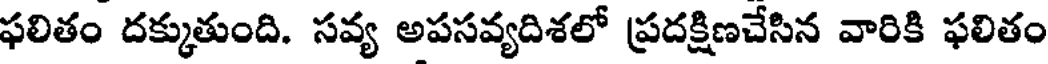
ఫలితం దక్కుతుంది. సవ్య అపసవ్యదిశలో ప్రదక్షిణచేసిన వారికి ఫలితం